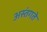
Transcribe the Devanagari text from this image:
अस्तंगते